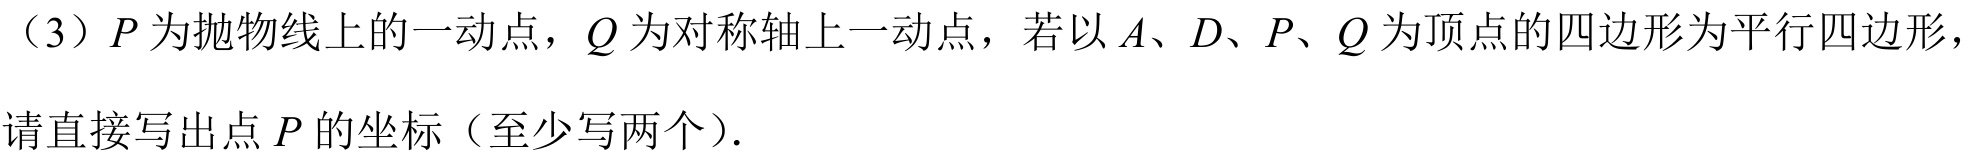
（3）\(P\)为抛物线上的一动点，\(Q\)为对称轴上一动点，若以\(A\)、\(D\)、\(P\)、\(Q\)为顶点的四边形为平行四边形，请直接写出点\(P\)的坐标（至少写两个）.